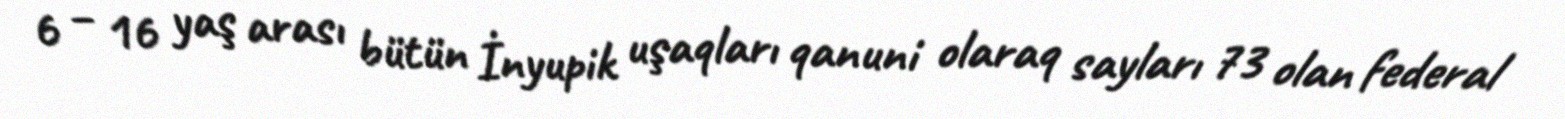
6 – 16 yaş arası bütün İnyupik uşaqları qanuni olaraq sayları 73 olan federal